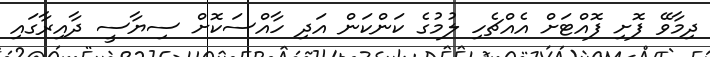
ދިމާވޭ ފޮށި ފޮއްޓަށް އެއްޗެހި ލުމުގެ ކަންކަން އަދި ހާއްސަކޮށް ސިޔާސީ ދާއިރާގައި